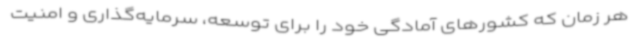
هر زمان که کشورهای آمادگی خود را برای توسعه، سرمایه‌گذاری و امنیت